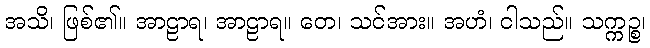
အသိ၊ ဖြစ်၏။ အာဠာရ၊ အာဠာရ။ တေ၊ သင်အား။ အဟံ၊ ငါသည်။ သက္ကဉ္စ၊